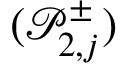
( \mathcal { P } _ { 2 , j } ^ { \pm } )